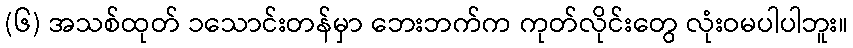
(၆) အသစ်ထုတ် ၁သောင်းတန်မှာ ဘေးဘက်က ကုတ်လိုင်းတွေ လုံးဝမပါပါဘူး။